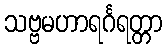
သဗ္ဗမဟာရင်္ဂရတ္တာ